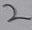
Text: 2